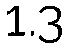
1.3